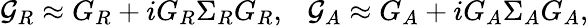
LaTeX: {\cal G}_{R}\approx G_{R}+iG_{R}\Sigma_{R}G_{R},~~~{\cal G}_{A}\approx G_{A}+iG_{A}\Sigma_{A}G_{A},